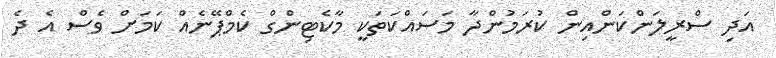
އަދި ސްރީލަންކަންއިން ކުރަމުންދާ މަސައްކަތަކީ މާކެޓިންގް ކެމްޕޭނެއް ކަމަށް ވެސް އެ ދެ